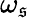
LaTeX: \omega_{\mathfrak{s}}